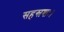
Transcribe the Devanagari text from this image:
सहस्रशः।